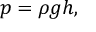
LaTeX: p = \rho g h ,